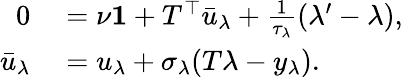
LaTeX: \begin{array}{rl}{0}&{{}=\nu\mathbf{1}+T^{\top}\bar{u}_{\lambda}+\frac{1}{\tau_{\lambda}}(\lambda^{\prime}-\lambda),}\\ {\bar{u}_{\lambda}}&{{}=u_{\lambda}+\sigma_{\lambda}(T\lambda-y_{\lambda}).}\end{array}